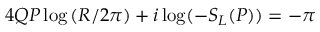
4 Q P \log \left( R / 2 \pi \right) + i \log ( - S _ { L } ( P ) ) = - \pi